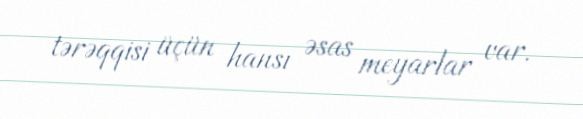
tərəqqisi üçün hansı əsas meyarlar var.